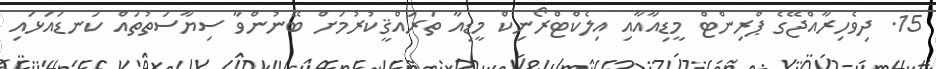
15. ދިވެހިރާއްޖޭގެ ޕްރިންޓް މީޑިއާއާއި އިލެކްޓްރޯނިކް މީޑިއާ ތަރައްޤީކުރުމަށް ބޭނުންވާ ސިޔާސަތުތައް ކަނޑައަޅައި